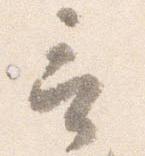
言